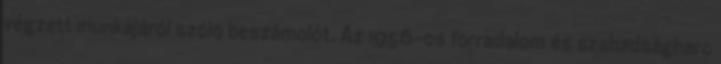
végzett munkájáról szóló beszámolót. Az 1956-os forradalom és szabadságharc